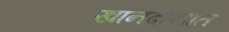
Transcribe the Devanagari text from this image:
खानदानात